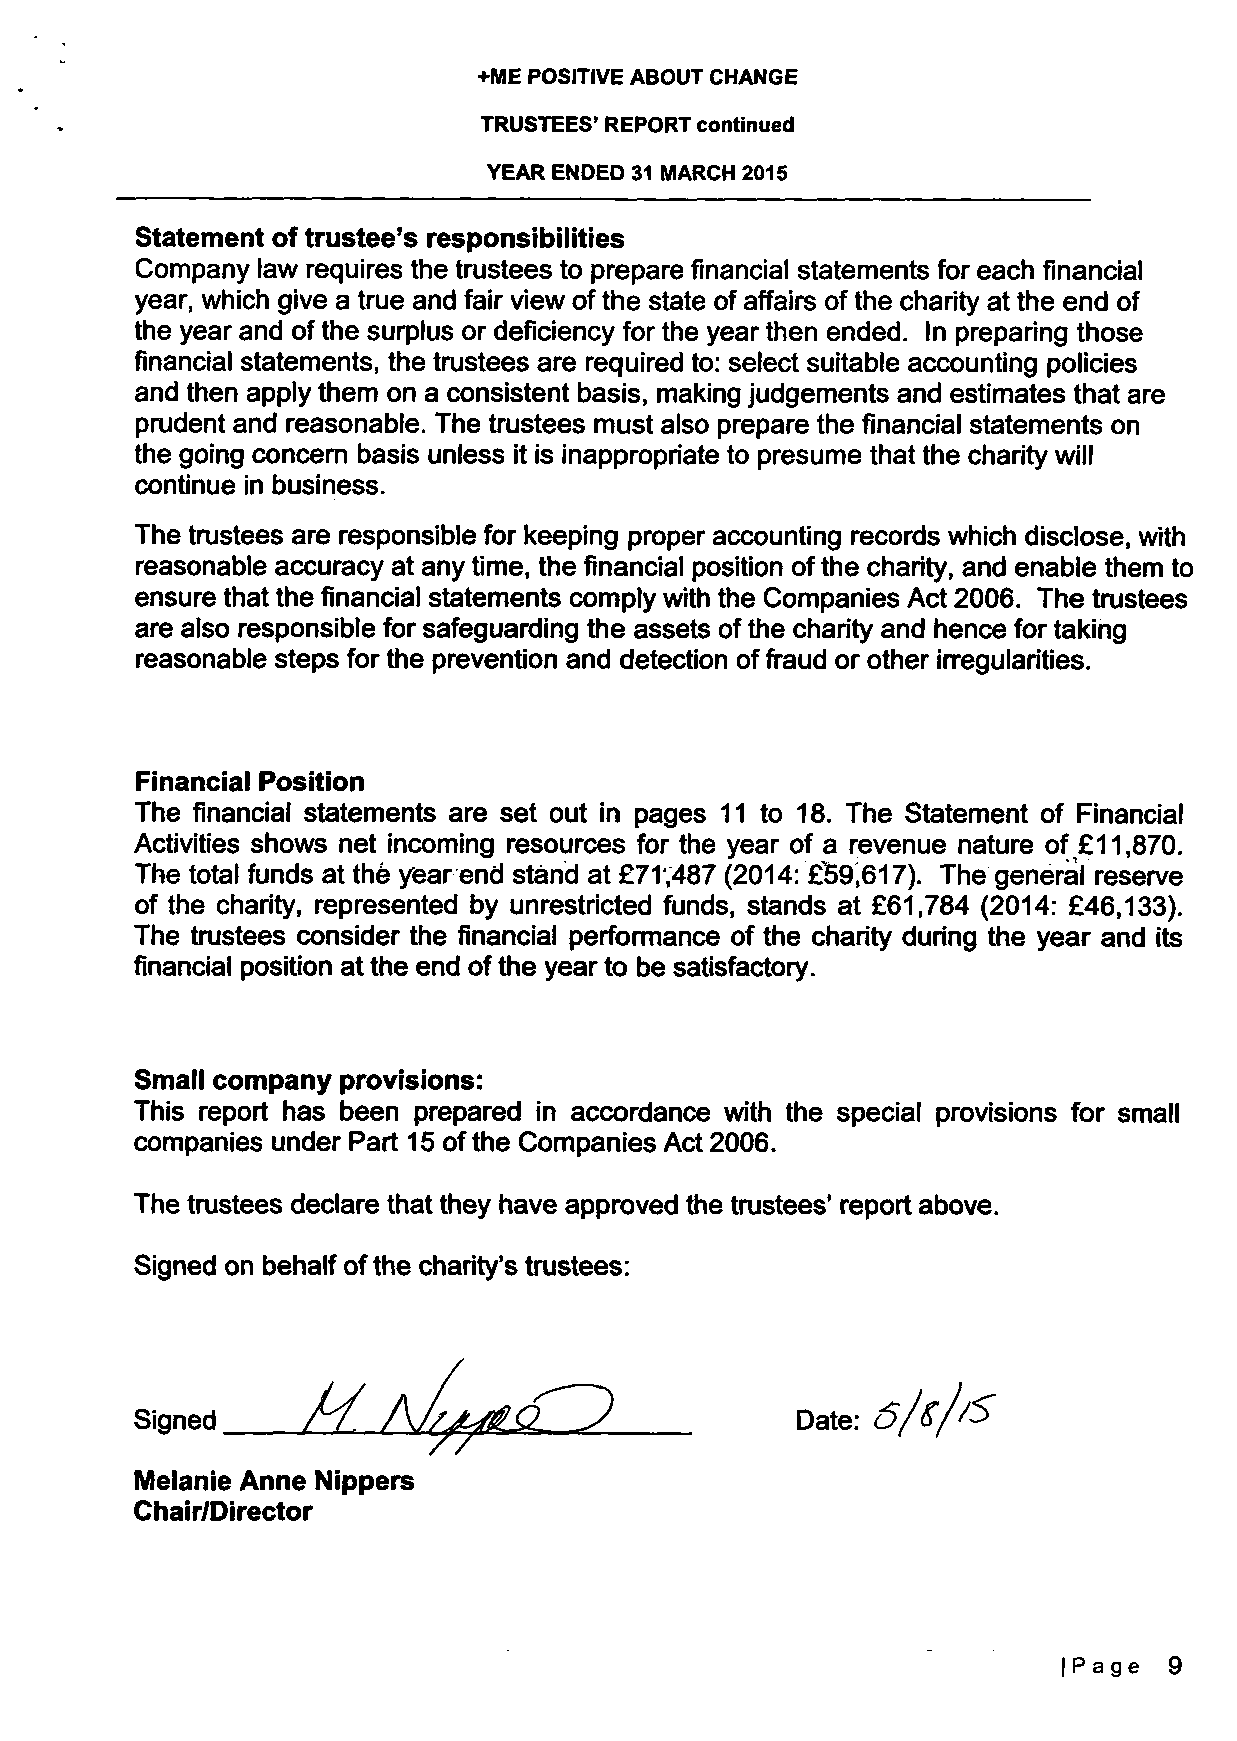
+ME POSITIVE ABOUT CHANGE
 TRUSTEES' REPORT continued
 YEAR ENDED 31 MARCH 2015
 Statement of trustee's responsibilities
 Company law requires the trustees to prepare financial statements for each financial
 year, which give a true and fair view of the state of affairs of the charity at the end of
 the year and of the surplus or deficiency for the year then ended. In preparing those
 financial statements, the trustees are required to: select suitable accounting policies
 and then apply them on a consistent basis, making judgements and estimates that are
 prudent and reasonable. The trustees must also prepare the financial statements on
 the going concern basis unless it is inappropriate to presume that the charity will
 continue in business.
 The trustees are responsible for keeping proper accounting records which disclose, with
 reasonable accuracy at any time, the financial position of the charity, and enable them to
 ensure that the financial statements comply with the Companies Act 2006. The trustees
 are also responsible for safeguarding the assets of the charity and hence for taking
 reasonable steps for the prevention and detection of fraud or other irregularities.
 Financial Position
 The financial statements are set out in pages 11 to 18. The Statement of Financial
 Activities shows net incoming resources for the year of a revenue nature of £11,870.
 The total funds at the year end stand at £71,487 (2014: £59,617). The general reserve
 of the charity, represented by unrestricted funds, stands at £61,784 (2014: £46,133).
 The trustees consider the financial performance of the charity during the year and its
 financial position at the end of the year to be satisfactory.
 Small company provisions:
 This report has been prepared in accordance with the special provisions for small
 companies under Part 15 ofthe Companies Act 2006.
 The trustees declare that they have approved the trustees' report above.
 Signed on behalf of the charity's trustees:
 Melanie Anne Nippers
 Chair/Director
 |Page  9